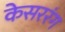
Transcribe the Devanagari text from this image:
केसररंग